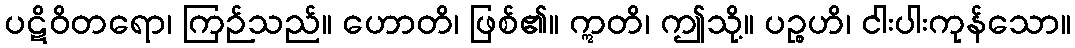
ပဋိဝိတရော၊ ကြဉ်သည်။ ဟောတိ၊ ဖြစ်၏။ ဣတိ၊ ဤသို့။ ပဉ္စဟိ၊ ငါးပါးကုန်သော။